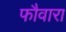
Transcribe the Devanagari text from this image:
फौवारा